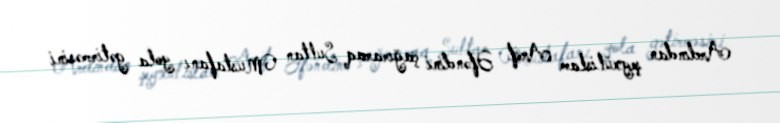
Ardından şeyxülislam Arif Əfəndini çağıraraq Sultan Mustafanı yola gətirməsini